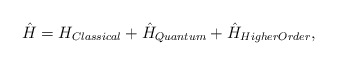
\begin{align*}\hat{H}= H_{Classical}+\hat{H}_{Quantum}+\hat{H}_{HigherOrder},\end{align*}